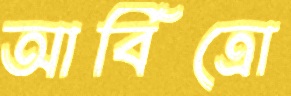
আর্বিত্রো